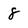
Character: 8